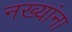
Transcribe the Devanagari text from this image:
नख्यांना